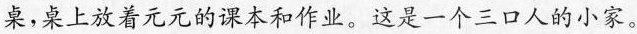
桌，桌上放着元元的课本和作业。这是一个三口人的小家。